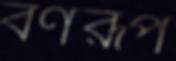
বর্ণরূপ